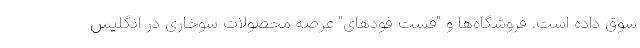
سوق داده است. فروشگاه‌ها و "فست فودهای" عرضه محصولات سوخاری در انگلیس